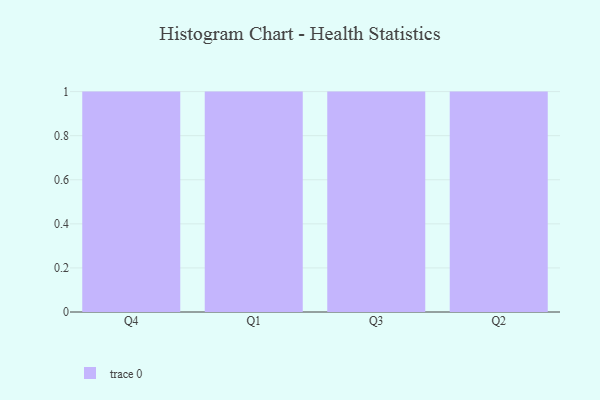
{"axis": {"x": "Quarter", "y": "Demand Index"}, "legend": [""], "data": [{"x": "Q4", "y": 50, "type": ""}, {"x": "Q1", "y": 34, "type": ""}, {"x": "Q3", "y": 70, "type": ""}, {"x": "Q2", "y": 69, "type": ""}]}